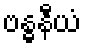
ဗန္ဓနီယံ